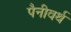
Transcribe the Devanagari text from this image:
पैनीवर्थ